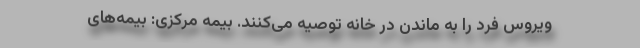
ویروس فرد را به ماندن در خانه توصیه می‌کنند. بیمه مرکزی: بیمه‌‌های